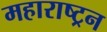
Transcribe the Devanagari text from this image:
महाराष्ट्रन